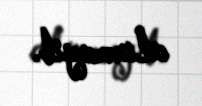
alınmayıb.